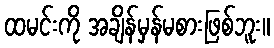
ထမင်းကို အချိန်မှန်မစားဖြစ်ဘူး။